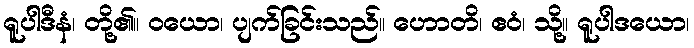
ရူပါဒီနံ၊ တို့၏။ ဝယော၊ ပျက်ခြင်းသည်။ ဟောတိ၊ ဧဝံ၊ သို့။ ရူပါဒယော၊